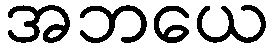
အဘယေ